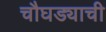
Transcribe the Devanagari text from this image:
चौघड्याची